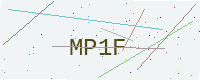
Text: MP1F